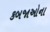
કબજાઓના